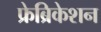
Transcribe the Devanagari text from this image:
फ्रेब्रिकेशन